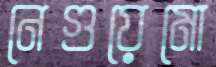
নেগুয়েমো